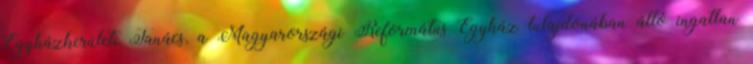
Egyházkerületi Tanács, a Magyarországi Református Egyház tulajdonában álló ingatlan